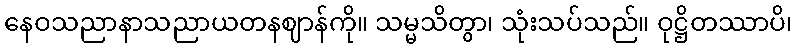
နေဝသညာနာသညာယတနဈာန်ကို။ သမ္မသိတွာ၊ သုံးသပ်သည်။ ဝုဋ္ဌိတဿာပိ၊